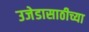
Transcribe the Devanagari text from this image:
उजेडासाठीच्या